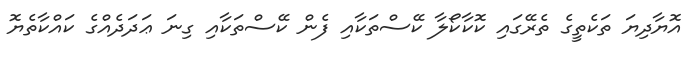
އޮޔާދިޔަ ތަކެތީގެ ތެރޭގައި ކޮކާކޯލާ ކޭސްތަކާއި ފެން ކޭސްތަކާއި ގިނަ ޢަދަދެއްގެ ކައްކާތެޔޮ